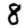
Digit: 8